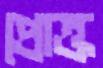
প্রোক্ত